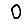
Digit: 0